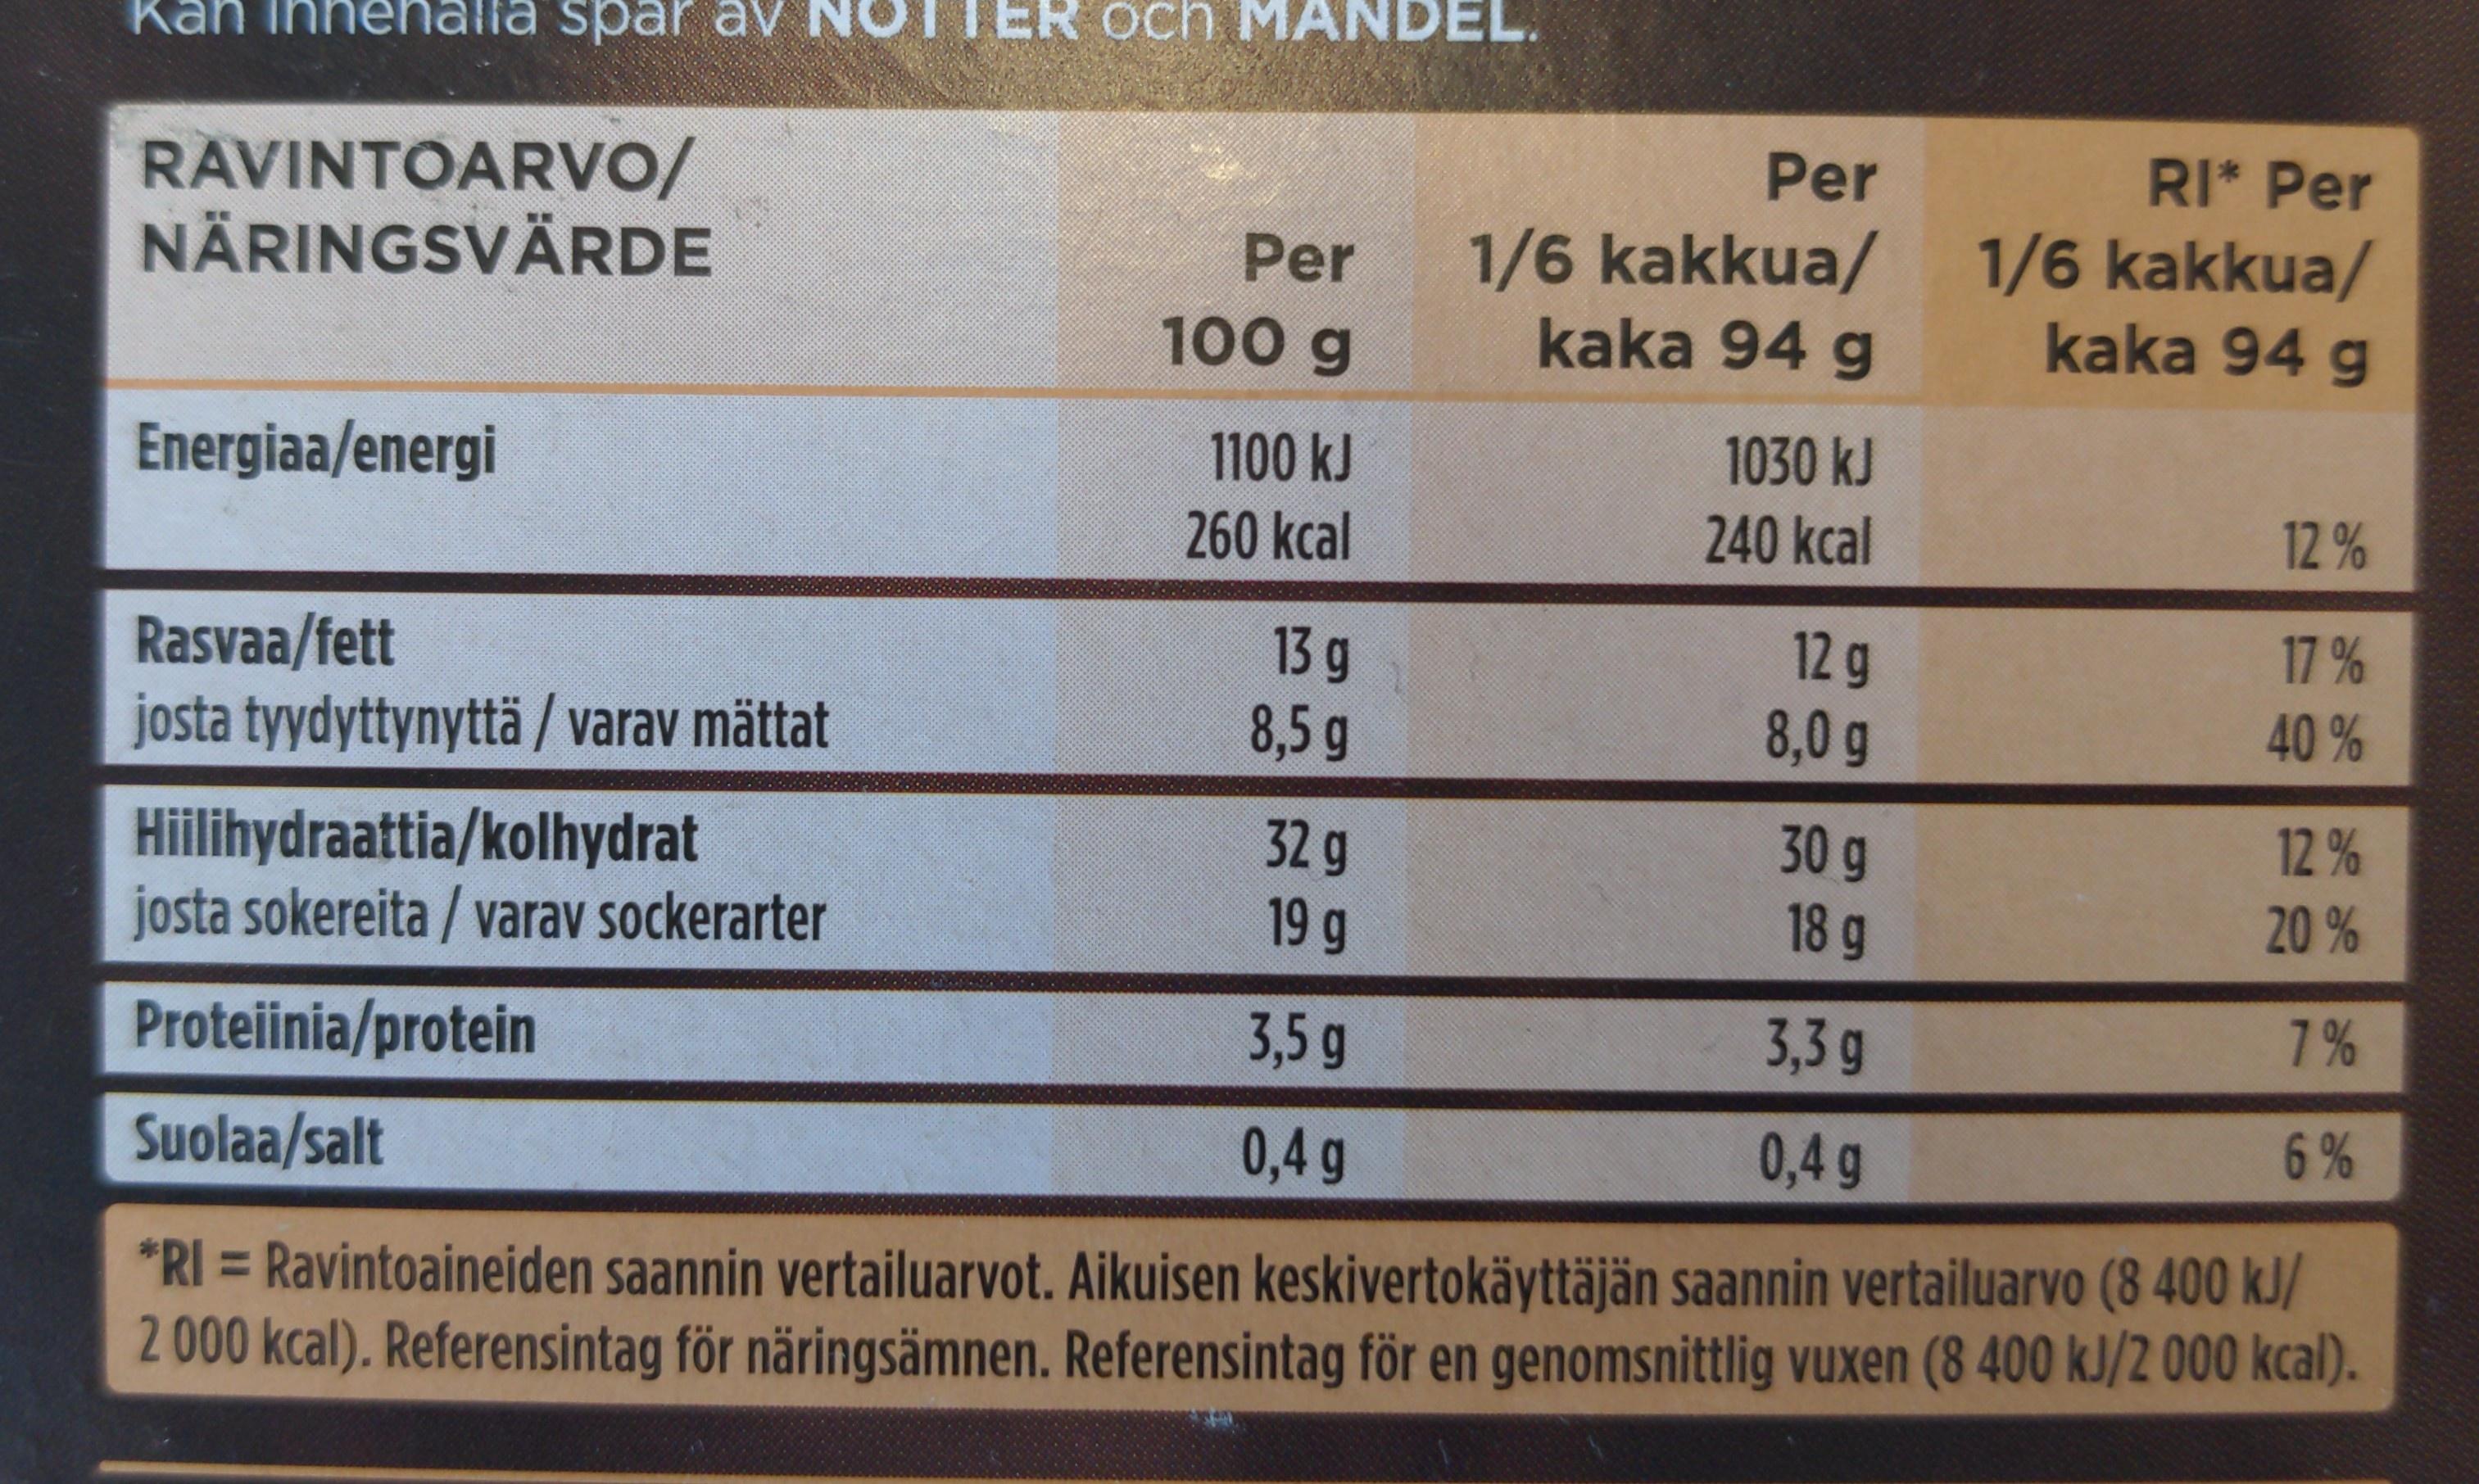
Kar an innehalla spar av
TER och MANDEL.
RI* Per
RAVINTOARVO/ NÄRINGSVÄRDE
1/6 kakkua/
Per 100 g
kaka 94 g
Energiaa/energi
1100 kJ
260 kcal
12%
Rasvaa/fett
13 g
17%
josta tyydyttynyttä / varav mättat
8,5 g
40%
Hiilihydraattia/kolhydrat
32 g
12%
josta sokereita / varav sockerarter
19 g
18 g
20%
Proteiinia/protein
3,5 g
3,3 g
7%
Suolaa/salt
0,4 g
0,4 g
6%
*RI = Ravintoaineiden saannin vertailuarvot. Aikuisen keskivertokäyttäjän saannin vertailuarvo (8 400 kJ/ 2 000 kcal). Referensintag för näringsämnen. Referensintag för en genomsnittlig vuxen (8 400 kJ/2 000 kcal).
Per
1/6 kakkua/ kaka 94 g
1030 kJ
240 kcal
12 g
8,0 g
30 g